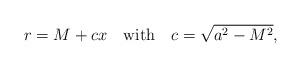
LaTeX: \begin{align*}r=M+cx\quad\mbox{with}\quad c=\sqrt{a^2-M^2},\end{align*}